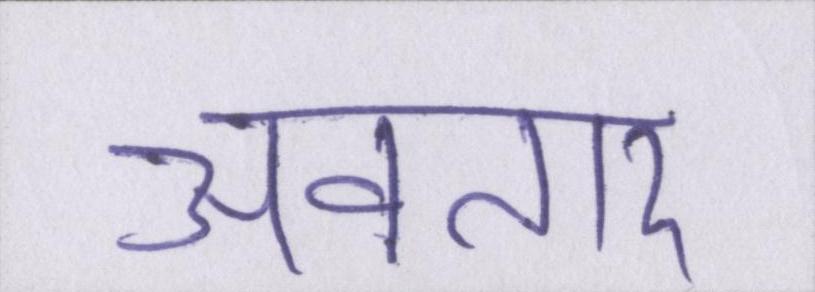
अवतार